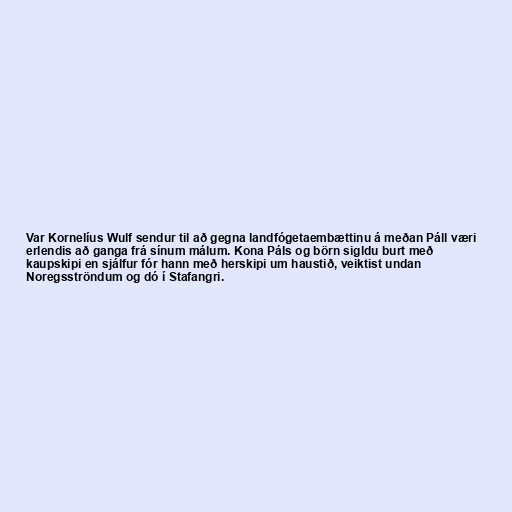
Var Kornelíus Wulf sendur til að gegna landfógetaembættinu á meðan Páll væri
erlendis að ganga frá sínum málum. Kona Páls og börn sigldu burt með
kaupskipi en sjálfur fór hann með herskipi um haustið, veiktist undan
Noregsströndum og dó í Stafangri.